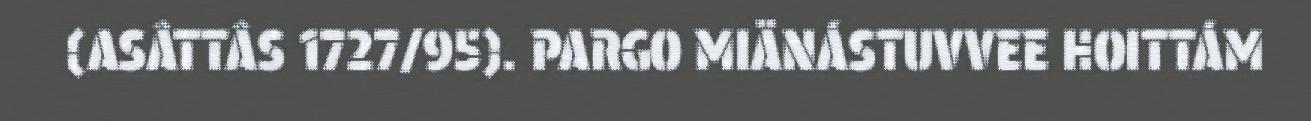
(ASÂTTÂS 1727/95). PARGO MIÄNÁSTUVVEE HOITTÁM